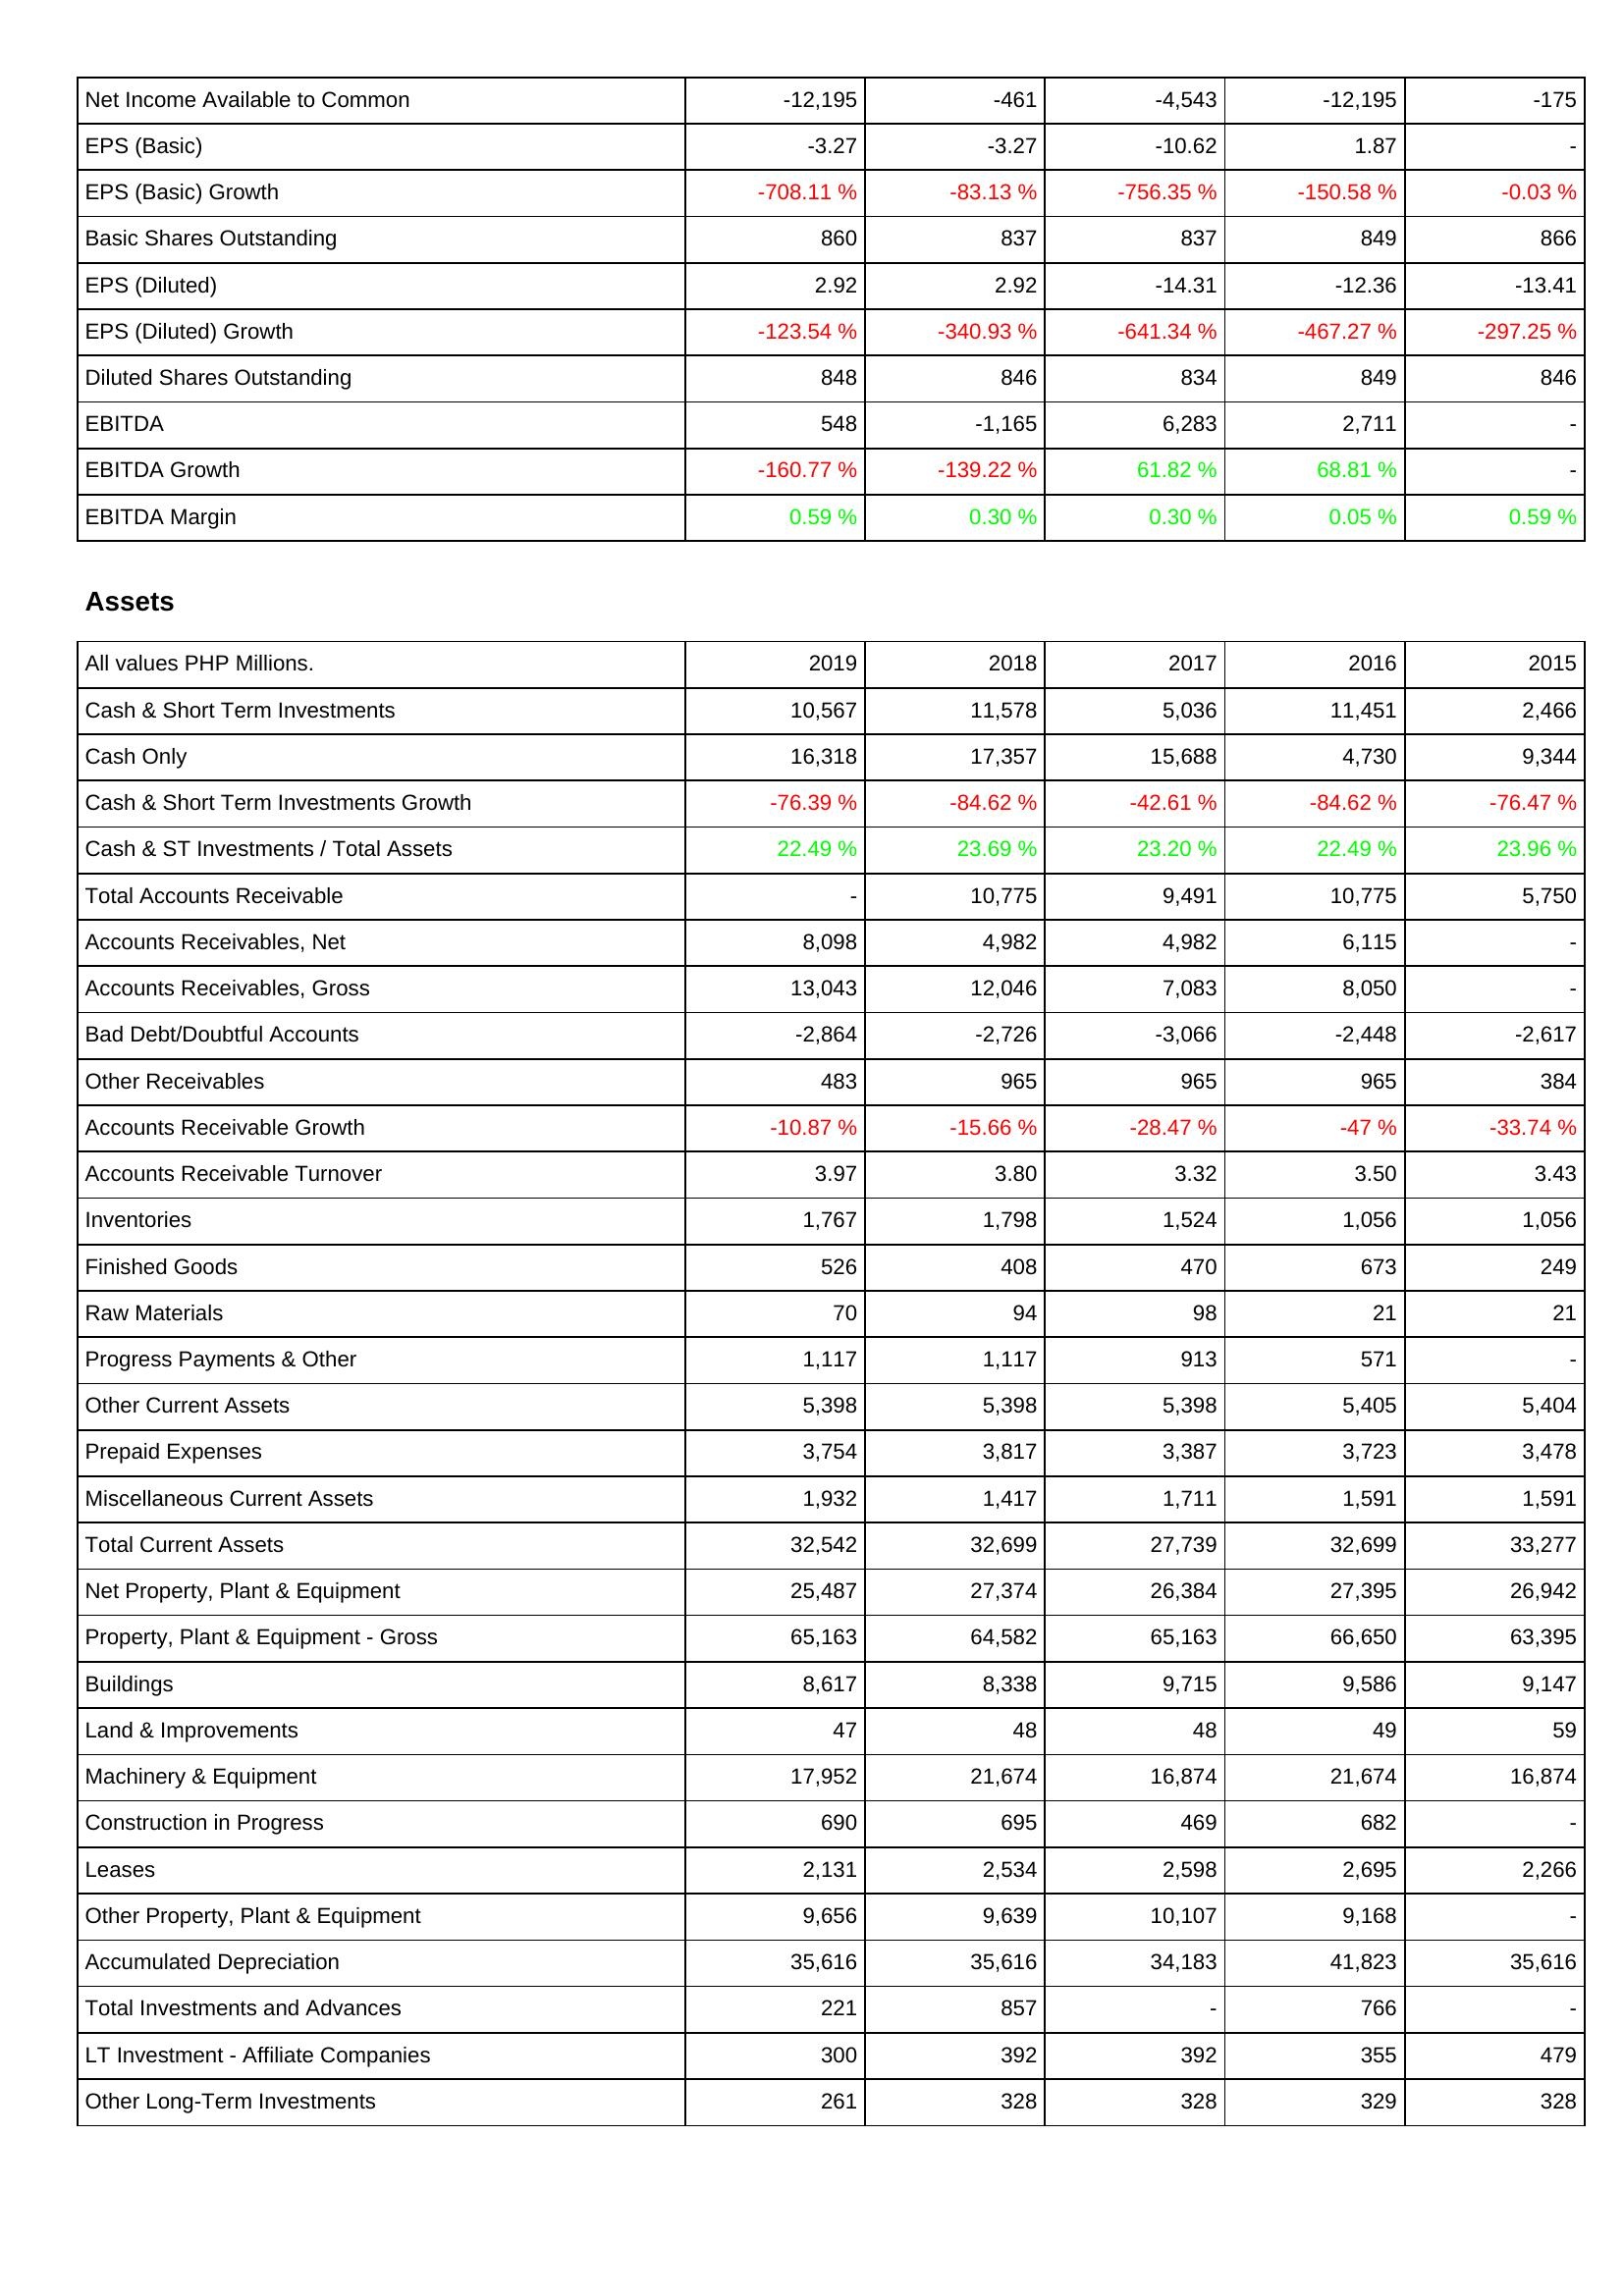
2019: Income Statement: Net Income Available to Common: -12,195
EPS (Basic): -3.27
EPS (Basic) Growth: -708.11 %
Basic Shares Outstanding: 860
EPS (Diluted): 2.92
EPS (Diluted) Growth: -123.54 %
Diluted Shares Outstanding: 848
EBITDA: 548
EBITDA Growth: -160.77 %
EBITDA Margin: 0.59 %
Assets: Cash & Short Term Investments: 10,567
Cash Only: 16,318
Cash & Short Term Investments Growth: -76.39 %
Cash & ST Investments / Total Assets: 22.49 %
Total Accounts Receivable: -
Accounts Receivables, Net: 8,098
Accounts Receivables, Gross: 13,043
Bad Debt/Doubtful Accounts: -2,864
Other Receivables: 483
Accounts Receivable Growth: -10.87 %
Accounts Receivable Turnover: 3.97
Inventories: 1,767
Finished Goods: 526
Raw Materials: 70
Progress Payments & Other: 1,117
Other Current Assets: 5,398
Prepaid Expenses: 3,754
Miscellaneous Current Assets: 1,932
Total Current Assets: 32,542
Net Property, Plant & Equipment: 25,487
Property, Plant & Equipment - Gross: 65,163
Buildings: 8,617
Land & Improvements: 47
Machinery & Equipment: 17,952
Construction in Progress: 690
Leases: 2,131
Other Property, Plant & Equipment: 9,656
Accumulated Depreciation: 35,616
Total Investments and Advances: 221
LT Investment - Affiliate Companies: 300
Other Long-Term Investments: 261
2018: Income Statement: Net Income Available to Common: -461
EPS (Basic): -3.27
EPS (Basic) Growth: -83.13 %
Basic Shares Outstanding: 837
EPS (Diluted): 2.92
EPS (Diluted) Growth: -340.93 %
Diluted Shares Outstanding: 846
EBITDA: -1,165
EBITDA Growth: -139.22 %
EBITDA Margin: 0.30 %
Assets: Cash & Short Term Investments: 11,578
Cash Only: 17,357
Cash & Short Term Investments Growth: -84.62 %
Cash & ST Investments / Total Assets: 23.69 %
Total Accounts Receivable: 10,775
Accounts Receivables, Net: 4,982
Accounts Receivables, Gross: 12,046
Bad Debt/Doubtful Accounts: -2,726
Other Receivables: 965
Accounts Receivable Growth: -15.66 %
Accounts Receivable Turnover: 3.80
Inventories: 1,798
Finished Goods: 408
Raw Materials: 94
Progress Payments & Other: 1,117
Other Current Assets: 5,398
Prepaid Expenses: 3,817
Miscellaneous Current Assets: 1,417
Total Current Assets: 32,699
Net Property, Plant & Equipment: 27,374
Property, Plant & Equipment - Gross: 64,582
Buildings: 8,338
Land & Improvements: 48
Machinery & Equipment: 21,674
Construction in Progress: 695
Leases: 2,534
Other Property, Plant & Equipment: 9,639
Accumulated Depreciation: 35,616
Total Investments and Advances: 857
LT Investment - Affiliate Companies: 392
Other Long-Term Investments: 328
2017: Income Statement: Net Income Available to Common: -4,543
EPS (Basic): -10.62
EPS (Basic) Growth: -756.35 %
Basic Shares Outstanding: 837
EPS (Diluted): -14.31
EPS (Diluted) Growth: -641.34 %
Diluted Shares Outstanding: 834
EBITDA: 6,283
EBITDA Growth: 61.82 %
EBITDA Margin: 0.30 %
Assets: Cash & Short Term Investments: 5,036
Cash Only: 15,688
Cash & Short Term Investments Growth: -42.61 %
Cash & ST Investments / Total Assets: 23.20 %
Total Accounts Receivable: 9,491
Accounts Receivables, Net: 4,982
Accounts Receivables, Gross: 7,083
Bad Debt/Doubtful Accounts: -3,066
Other Receivables: 965
Accounts Receivable Growth: -28.47 %
Accounts Receivable Turnover: 3.32
Inventories: 1,524
Finished Goods: 470
Raw Materials: 98
Progress Payments & Other: 913
Other Current Assets: 5,398
Prepaid Expenses: 3,387
Miscellaneous Current Assets: 1,711
Total Current Assets: 27,739
Net Property, Plant & Equipment: 26,384
Property, Plant & Equipment - Gross: 65,163
Buildings: 9,715
Land & Improvements: 48
Machinery & Equipment: 16,874
Construction in Progress: 469
Leases: 2,598
Other Property, Plant & Equipment: 10,107
Accumulated Depreciation: 34,183
Total Investments and Advances: -
LT Investment - Affiliate Companies: 392
Other Long-Term Investments: 328
2016: Income Statement: Net Income Available to Common: -12,195
EPS (Basic): 1.87
EPS (Basic) Growth: -150.58 %
Basic Shares Outstanding: 849
EPS (Diluted): -12.36
EPS (Diluted) Growth: -467.27 %
Diluted Shares Outstanding: 849
EBITDA: 2,711
EBITDA Growth: 68.81 %
EBITDA Margin: 0.05 %
Assets: Cash & Short Term Investments: 11,451
Cash Only: 4,730
Cash & Short Term Investments Growth: -84.62 %
Cash & ST Investments / Total Assets: 22.49 %
Total Accounts Receivable: 10,775
Accounts Receivables, Net: 6,115
Accounts Receivables, Gross: 8,050
Bad Debt/Doubtful Accounts: -2,448
Other Receivables: 965
Accounts Receivable Growth: -47 %
Accounts Receivable Turnover: 3.50
Inventories: 1,056
Finished Goods: 673
Raw Materials: 21
Progress Payments & Other: 571
Other Current Assets: 5,405
Prepaid Expenses: 3,723
Miscellaneous Current Assets: 1,591
Total Current Assets: 32,699
Net Property, Plant & Equipment: 27,395
Property, Plant & Equipment - Gross: 66,650
Buildings: 9,586
Land & Improvements: 49
Machinery & Equipment: 21,674
Construction in Progress: 682
Leases: 2,695
Other Property, Plant & Equipment: 9,168
Accumulated Depreciation: 41,823
Total Investments and Advances: 766
LT Investment - Affiliate Companies: 355
Other Long-Term Investments: 329
2015: Income Statement: Net Income Available to Common: -175
EPS (Basic): -
EPS (Basic) Growth: -0.03 %
Basic Shares Outstanding: 866
EPS (Diluted): -13.41
EPS (Diluted) Growth: -297.25 %
Diluted Shares Outstanding: 846
EBITDA: -
EBITDA Growth: -
EBITDA Margin: 0.59 %
Assets: Cash & Short Term Investments: 2,466
Cash Only: 9,344
Cash & Short Term Investments Growth: -76.47 %
Cash & ST Investments / Total Assets: 23.96 %
Total Accounts Receivable: 5,750
Accounts Receivables, Net: -
Accounts Receivables, Gross: -
Bad Debt/Doubtful Accounts: -2,617
Other Receivables: 384
Accounts Receivable Growth: -33.74 %
Accounts Receivable Turnover: 3.43
Inventories: 1,056
Finished Goods: 249
Raw Materials: 21
Progress Payments & Other: -
Other Current Assets: 5,404
Prepaid Expenses: 3,478
Miscellaneous Current Assets: 1,591
Total Current Assets: 33,277
Net Property, Plant & Equipment: 26,942
Property, Plant & Equipment - Gross: 63,395
Buildings: 9,147
Land & Improvements: 59
Machinery & Equipment: 16,874
Construction in Progress: -
Leases: 2,266
Other Property, Plant & Equipment: -
Accumulated Depreciation: 35,616
Total Investments and Advances: -
LT Investment - Affiliate Companies: 479
Other Long-Term Investments: 328